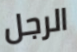
الرجل